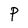
Character: P